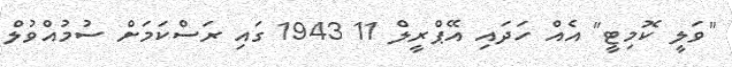
"ވަލީ ކޮމިޓީ" އެއް ހަދައި އޭޕްރީލް 11 1943 ގައި ރަސްކަމަށް ސުމުއްވުލް